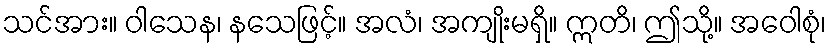
သင်အား။ ဝါသေန၊ နသေဖြင့်။ အလံ၊ အကျိုးမရှိ။ ဣတိ၊ ဤသို့။ အဝေါစုံ၊